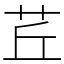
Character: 茊